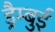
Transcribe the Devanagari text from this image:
ड्रैम्बुई